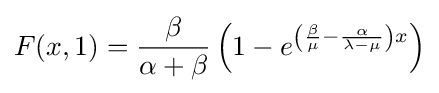
F(x,1)={\frac {\beta }{\alpha +\beta }}\left(1-e^{\left({\frac {\beta }{\mu }}-{\frac {\alpha }{\lambda -\mu }}\right)x}\right)